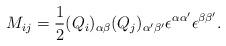
LaTeX: \begin{align*}M_{ij}=\frac{1}{2} (Q_i)_{\alpha \beta}(Q_j)_{\alpha ' \beta '}\epsilon^{\alpha \alpha '}\epsilon^{\beta \beta '}.\end{align*}